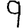
Digit: 9